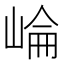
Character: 崘